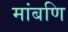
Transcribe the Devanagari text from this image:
मांबणि